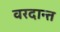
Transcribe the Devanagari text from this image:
वरदान्त